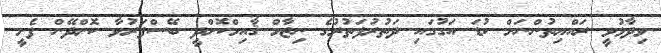
ވިދާޅުވީ ރައްޔިތުންނަށް ކުޑަ އަގުގައި ދަތުރުފަތުރުގެ ނިޒާމް ޤާއިމްކޮށްދީ ބޭސްފަރުވާ ކޮށްދޭން ފެށީ